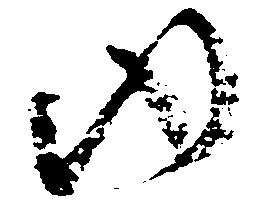
ゆ